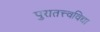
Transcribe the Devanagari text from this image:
पुरातत्त्वविद्या